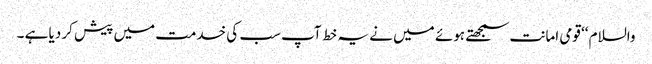
والسلام ‘‘ قومی امانت سمجھتے ہوئے میں نے یہ خط آپ سب کی خدمت میں پیش کر دیا ہے ۔